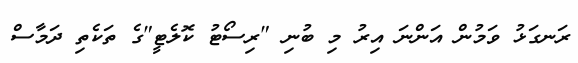
ރަނގަޅު ވަމުން އަންނަ އިރު މި ބުނި "ރިސޯޓު ކޮލެޓީ"ގެ ތަކެތި ދަމާސް